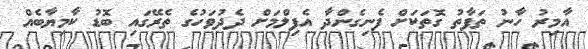
އާމިރު ހާނު ތަފާތު ގޮތަކަށް ފެނިގެންދާ އެފިލްމަށް ދެދުވަހުގެ ތެރޭގައި ބޮޑު ކާމިޔާބެއް